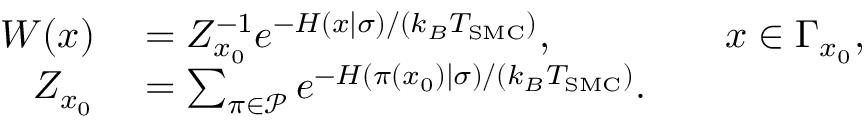
\begin{array} { r l r l } { W ( x ) } & { { } = Z _ { x _ { 0 } } ^ { - 1 } e ^ { - H ( x | \sigma ) / ( k _ { B } T _ { \mathrm { S M C } } ) } , } & { } & { { } x \in \Gamma _ { x _ { 0 } } , } \\ { Z _ { x _ { 0 } } } & { { } = \sum _ { \pi \in \mathcal { P } } e ^ { - H ( \pi ( x _ { 0 } ) | \sigma ) / ( k _ { B } T _ { \mathrm { S M C } } ) } . } \end{array}